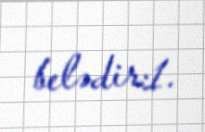
belədir:1.